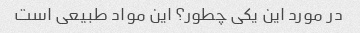
در مورد این یکی چطور؟ این مواد طبیعی است